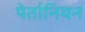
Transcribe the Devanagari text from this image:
पेर्तानियन